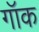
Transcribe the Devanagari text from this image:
गॉक